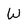
Character: W